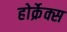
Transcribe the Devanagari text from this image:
होर्क्रेक्स